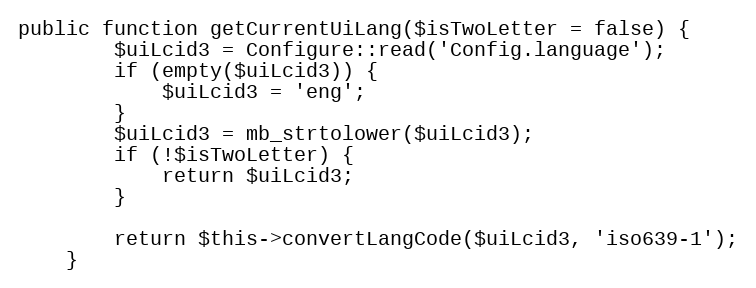
Language: PHP
public function getCurrentUiLang($isTwoLetter = false) {
		$uiLcid3 = Configure::read('Config.language');
		if (empty($uiLcid3)) {
			$uiLcid3 = 'eng';
		}
		$uiLcid3 = mb_strtolower($uiLcid3);
		if (!$isTwoLetter) {
			return $uiLcid3;
		}

		return $this->convertLangCode($uiLcid3, 'iso639-1');
	}